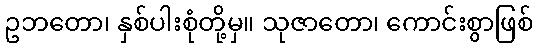
ဥဘတော၊ နှစ်ပါးစုံတို့မှ။ သုဇာတော၊ ကောင်းစွာဖြစ်